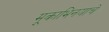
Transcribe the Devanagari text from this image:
मूकाभिनयाचे